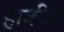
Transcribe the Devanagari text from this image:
हाकीत